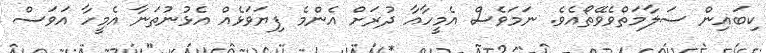
ކިބައިން ސަލާމަތްވެވޭތޯއެވެ. ނަމަވެސް އެމީހާއާ ދުރަށް އެންމެ ފިޔަވަޅެއް އެޅުނުތަނާ އެމީހާ އަވަސް